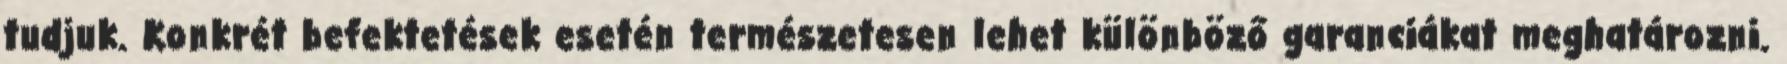
tudjuk. Konkrét befektetések esetén természetesen lehet különböző garanciákat meghatározni.